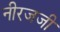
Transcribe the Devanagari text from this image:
नीरजजी